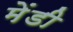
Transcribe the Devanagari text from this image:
मेंडी